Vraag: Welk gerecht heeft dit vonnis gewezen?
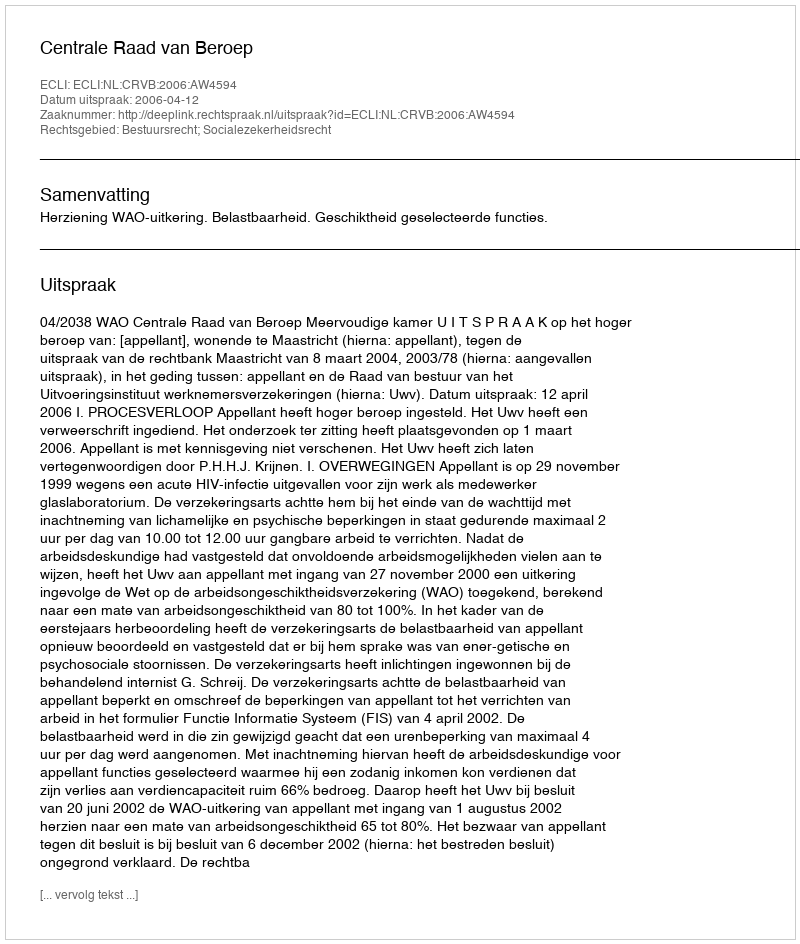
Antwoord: Centrale Raad van Beroep